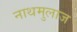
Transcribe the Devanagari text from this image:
नाथमुलाज